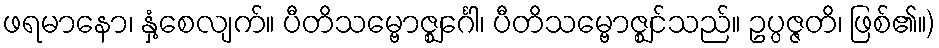
ဖရမာနော၊ နှံ့စေလျက်။ ပီတိသမ္ဗောဇ္ဈင်္ဂေါ၊ ပီတိသမ္ဗောဇ္ဈင်သည်။ ဥပ္ပဇ္ဇတိ၊ ဖြစ်၏။)